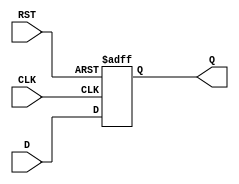
module synchronous_register (
    input wire D,        // Data input
    input wire CLK,      // Clock input
    input wire RST,      // Asynchronous reset
    output reg Q         // Data output
);

// Always block triggered on the rising edge of the clock
always @(posedge CLK or posedge RST) begin
    if (RST) begin
        Q <= 1'b0;      // Clear output to 0 on reset
    end else begin
        Q <= D;         // Capture input data on clock edge
    end
end

endmodule